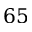
6 5